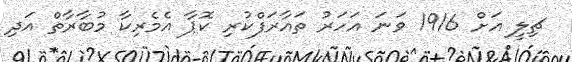
ޗިލީ އަށް 1916 ވަނަ އަހަރު ތައާރަފްކުރި ކޮޕާ އެމެރިކާ މުބާރާތް އަދި